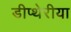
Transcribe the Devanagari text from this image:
डीप्थेरीया